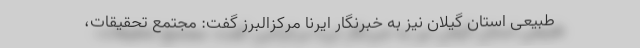
طبیعی استان گیلان نیز به خبرنگار ایرنا مرکزالبرز گفت: مجتمع تحقیقات،